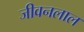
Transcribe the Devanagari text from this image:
जीवनलाल